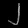
Digit: ၂